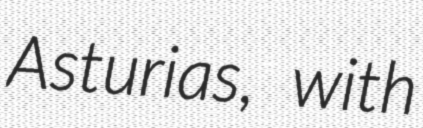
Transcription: Asturias, with